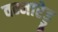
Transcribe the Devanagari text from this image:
वन्नारेड्डू